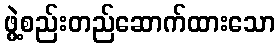
ဖွဲ့စည်းတည်ဆောက်ထားသော